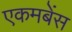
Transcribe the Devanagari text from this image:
एकमबेंस